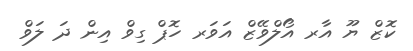
ކޮޒް ޔޫ އާރ އޯލްވޭޒް އަވަރ ހޮޕް ގިވް އިން ދަ ލަވް